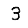
Digit: 3